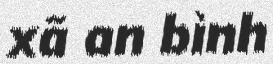
xã an bình